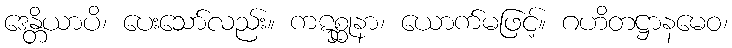
ဒေန္တိယာပိ၊ ပေးသော်လည်း။ ကဋစ္ဆုနာ၊ ယောက်မဖြင့်။ ဂဟိတဋ္ဌာနမေဝ၊